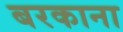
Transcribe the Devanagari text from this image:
बरकाना